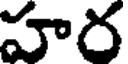
హర